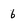
Character: 6